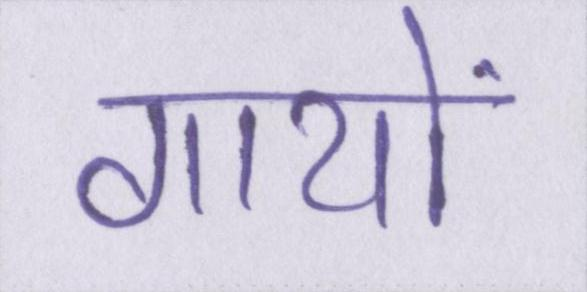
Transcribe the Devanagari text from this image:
गायों